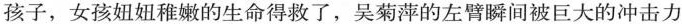
孩子，女孩妞妞稚嫩的生命得救了，吴菊萍的左臂瞬间被巨大的冲击力